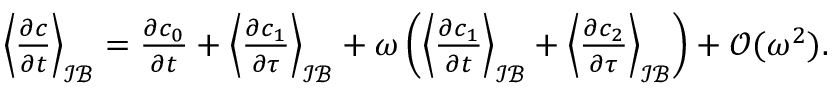
\begin{array} { r l } & { \left\langle \frac { \partial c } { \partial t } \right\rangle _ { \mathcal { I B } } = \frac { \partial c _ { 0 } } { \partial t } + \left\langle \frac { \partial c _ { 1 } } { \partial \tau } \right\rangle _ { \mathcal { I B } } + \omega \left( \left\langle \frac { \partial c _ { 1 } } { \partial t } \right\rangle _ { \mathcal { I B } } + \left\langle \frac { \partial c _ { 2 } } { \partial \tau } \right\rangle _ { \mathcal { I B } } \right) + \mathcal O ( \omega ^ { 2 } ) . } \end{array}